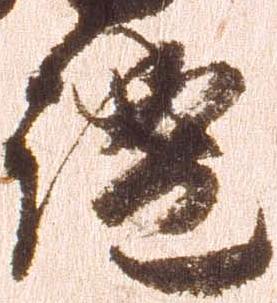
謐